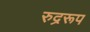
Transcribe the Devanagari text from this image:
रुद्ररूप